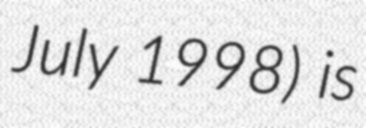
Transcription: July 1998) is